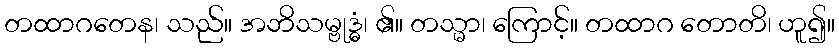
တထာဂတေန၊ သည်။ အဘိသမ္ဗုဒ္ဓံ၊ ၏။ တသ္မာ၊ ကြောင့်။ တထာဂ တောတိ၊ ဟူ၍။